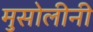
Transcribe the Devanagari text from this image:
मुसोलीनी